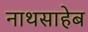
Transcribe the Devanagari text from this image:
नाथसाहेब